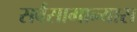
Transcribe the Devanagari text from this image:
सर्वसामान्यास